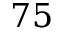
7 5